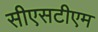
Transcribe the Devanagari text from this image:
सीएसटीएम